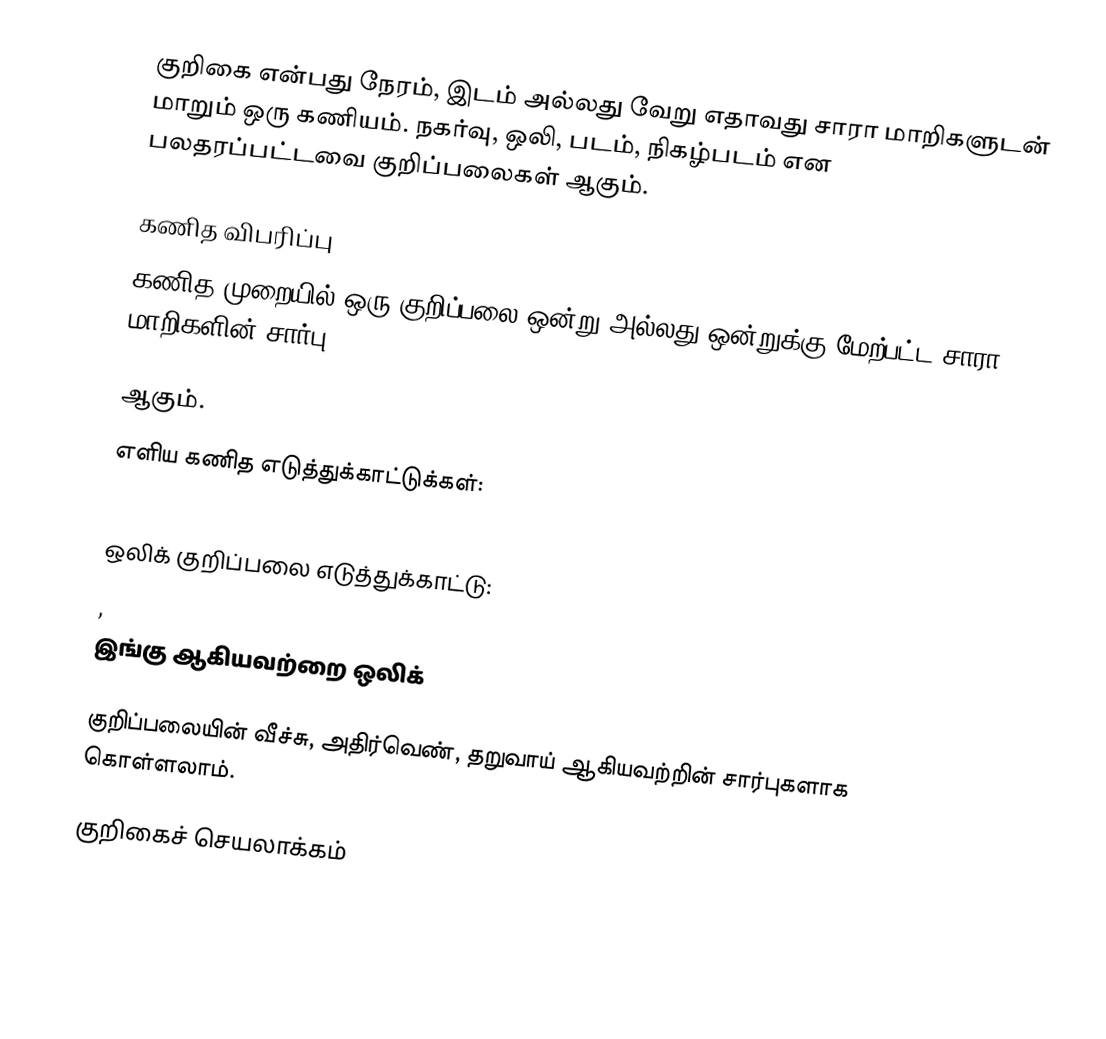
குறிகை என்பது நேரம், இடம் அல்லது வேறு எதாவது சாரா மாறிகளுடன் மாறும் ஒரு கணியம்.  நகர்வு, ஒலி, படம், நிகழ்படம் என பலதரப்பட்டவை குறிப்பலைகள் ஆகும்.

கணித விபரிப்பு
கணித முறையில் ஒரு குறிப்பலை ஒன்று அல்லது ஒன்றுக்கு மேற்பட்ட சாரா மாறிகளின் சார்பு

ஆகும்.
எளிய கணித எடுத்துக்காட்டுக்கள்:

ஒலிக் குறிப்பலை எடுத்துக்காட்டு:
 ,
இங்கு     ஆகியவற்றை ஒலிக்

குறிப்பலையின் வீச்சு, அதிர்வெண், தறுவாய் ஆகியவற்றின் சார்புகளாக கொள்ளலாம்.

குறிகைச் செயலாக்கம்